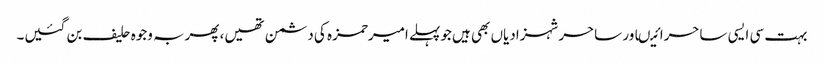
بہت سی ایسی ساحرائیںاور ساحرشہزادیاں بھی ہیں جوپہلے امیرحمزہ کی دشمن تھیں، پھربہ وجوہ حلیف بن گئیں۔